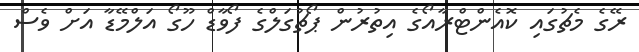
ރޭގެ މެޗުގައި ކޮއެންޓްރާއޯގެ އިތުރުން ޕޯޗުގަލްގެ ފޯވާޑް ހޫގޯ އަލްމޭޑާ އަށް ވެސް